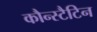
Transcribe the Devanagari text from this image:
कौन्स्टैटिन